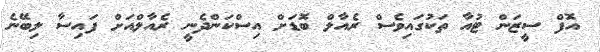
އޮފް ސީޒަން ޓުއާ ތަކުގައިވެސް ރެއާލް ބޮޑަށް އިސްކަންދެނީ ރެއާލްއަށް ފައިސާ ލިބޭނެ